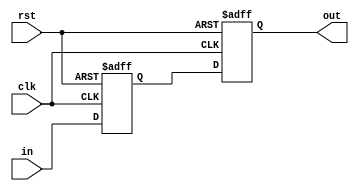
module inverter_delay(
    input wire clk,
    input wire rst,
    input wire in,
    output wire out
);

reg in_delayed;
reg out_reg;

always @(posedge clk or posedge rst) begin
    if (rst) begin
        in_delayed <= 1'b0;
        out_reg <= 1'b0;
    end else begin
        in_delayed <= in;
        out_reg <= in_delayed;
    end
end

assign out = out_reg;

endmodule